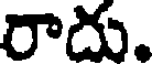
రాదు.